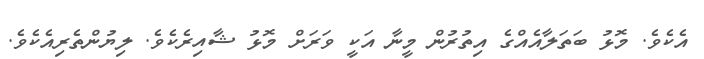
އެކެވެ. މޮޅު ބަތަލާއެއްގެ އިތުރުން މީނާ އަކީ ވަރަށް މޮޅު ޝާއިރެކެވެ. ލިޔުންތެރިއެކެވެ.